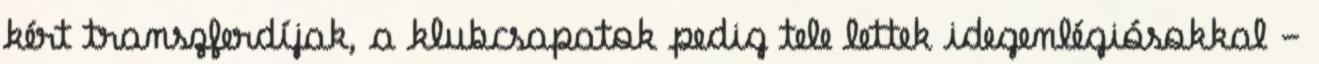
kért transzferdíjak, a klubcsapatok pedig tele lettek idegenlégiósokkal -